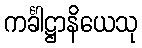
ကင်္ခါဋ္ဌာနိယေသု